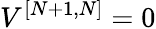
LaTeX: V^{[{N+1},{N}]}=0